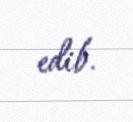
edib.